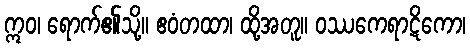
ဣဝ၊ ရောက်၏သို့။ ဧဝံတထာ၊ ထို့အတူ။ ဝဿကေရာဋိကော၊